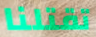
تقتلنا